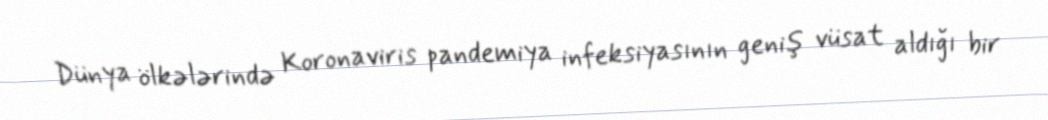
Dünya ölkələrində Koronaviris pandemiya infeksiyasının geniş vüsat aldığı bir